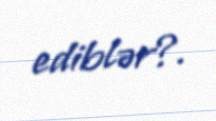
ediblər?.